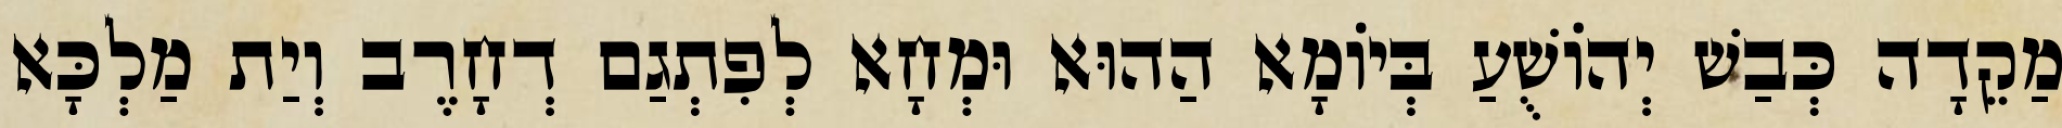
מַקֵדָה כְּבַשׁ יְהוֹשֻׁעַ בְּיוֹמָא הַהוּא וּמְחָא לְפִתְגַם דְחָרֶב וְיַת מַלְכָּא